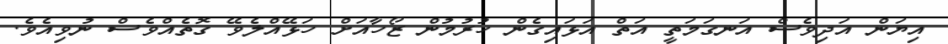
އިޔަން އަދިވެސް އަނގަމަތީ އަތް އަޅައިގެން ހުރުމުން ޒޯހާއަށް ހަޅޭއްލެވޭ ގޮތެއްވެސް ނުވިއެވެ.